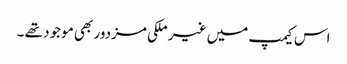
اس کیمپ میں غیر ملکی مزدور بھی موجود تھے ۔